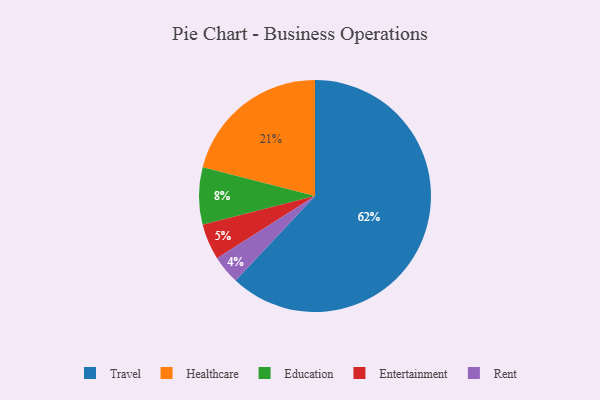
{"axis": {"x": "Category", "y": "Percentage"}, "legend": ["Education", "Entertainment", "Healthcare", "Rent", "Travel"], "data": [{"x": "Travel", "y": 62, "type": "Travel"}, {"x": "Rent", "y": 4, "type": "Rent"}, {"x": "Education", "y": 8, "type": "Education"}, {"x": "Entertainment", "y": 5, "type": "Entertainment"}, {"x": "Healthcare", "y": 21, "type": "Healthcare"}]}